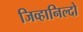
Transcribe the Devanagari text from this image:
जिव्हानिल्दो